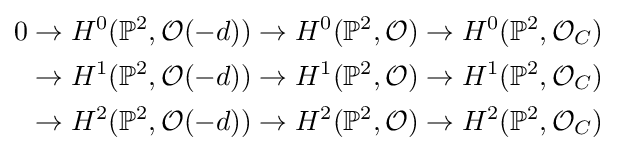
{\begin{aligned}0&\to H^{0}(\mathbb {P} ^{2},{\mathcal {O}}(-d))\to H^{0}(\mathbb {P} ^{2},{\mathcal {O}})\to H^{0}(\mathbb {P} ^{2},{\mathcal {O}}_{C})\\&\to H^{1}(\mathbb {P} ^{2},{\mathcal {O}}(-d))\to H^{1}(\mathbb {P} ^{2},{\mathcal {O}})\to H^{1}(\mathbb {P} ^{2},{\mathcal {O}}_{C})\\&\to H^{2}(\mathbb {P} ^{2},{\mathcal {O}}(-d))\to H^{2}(\mathbb {P} ^{2},{\mathcal {O}})\to H^{2}(\mathbb {P} ^{2},{\mathcal {O}}_{C})\end{aligned}}